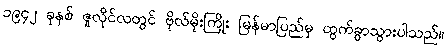
၁၉၄၂ ခုနှစ် ဇူလိုင်လတွင် ဗိုလ်မိုးကြိုး မြန်မာပြည်မှ ထွက်ခွာသွားပါသည်။